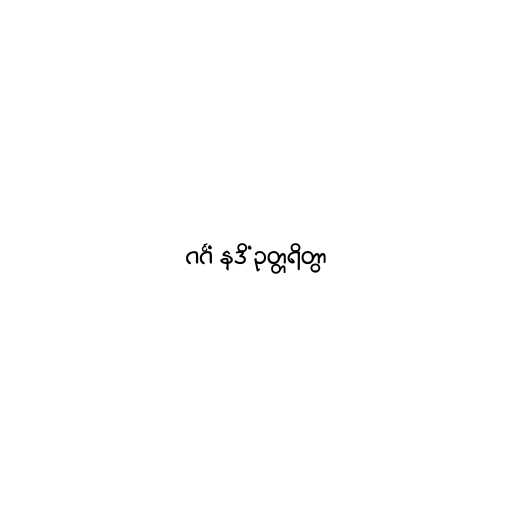
ဂင်္ဂံ နဒိံ ဥတ္တရိတွာ